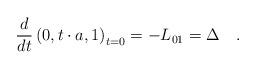
LaTeX: \begin{align*}\frac d{dt}\left( 0,t\cdot a,1\right) _{t=0}=-L_{01}=\Delta\quad .\end{align*}